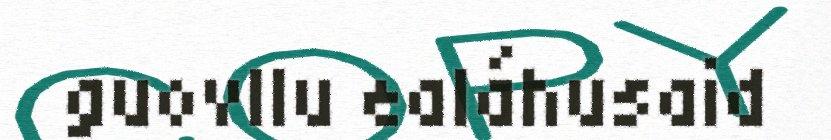
guovllu ealáhusaid